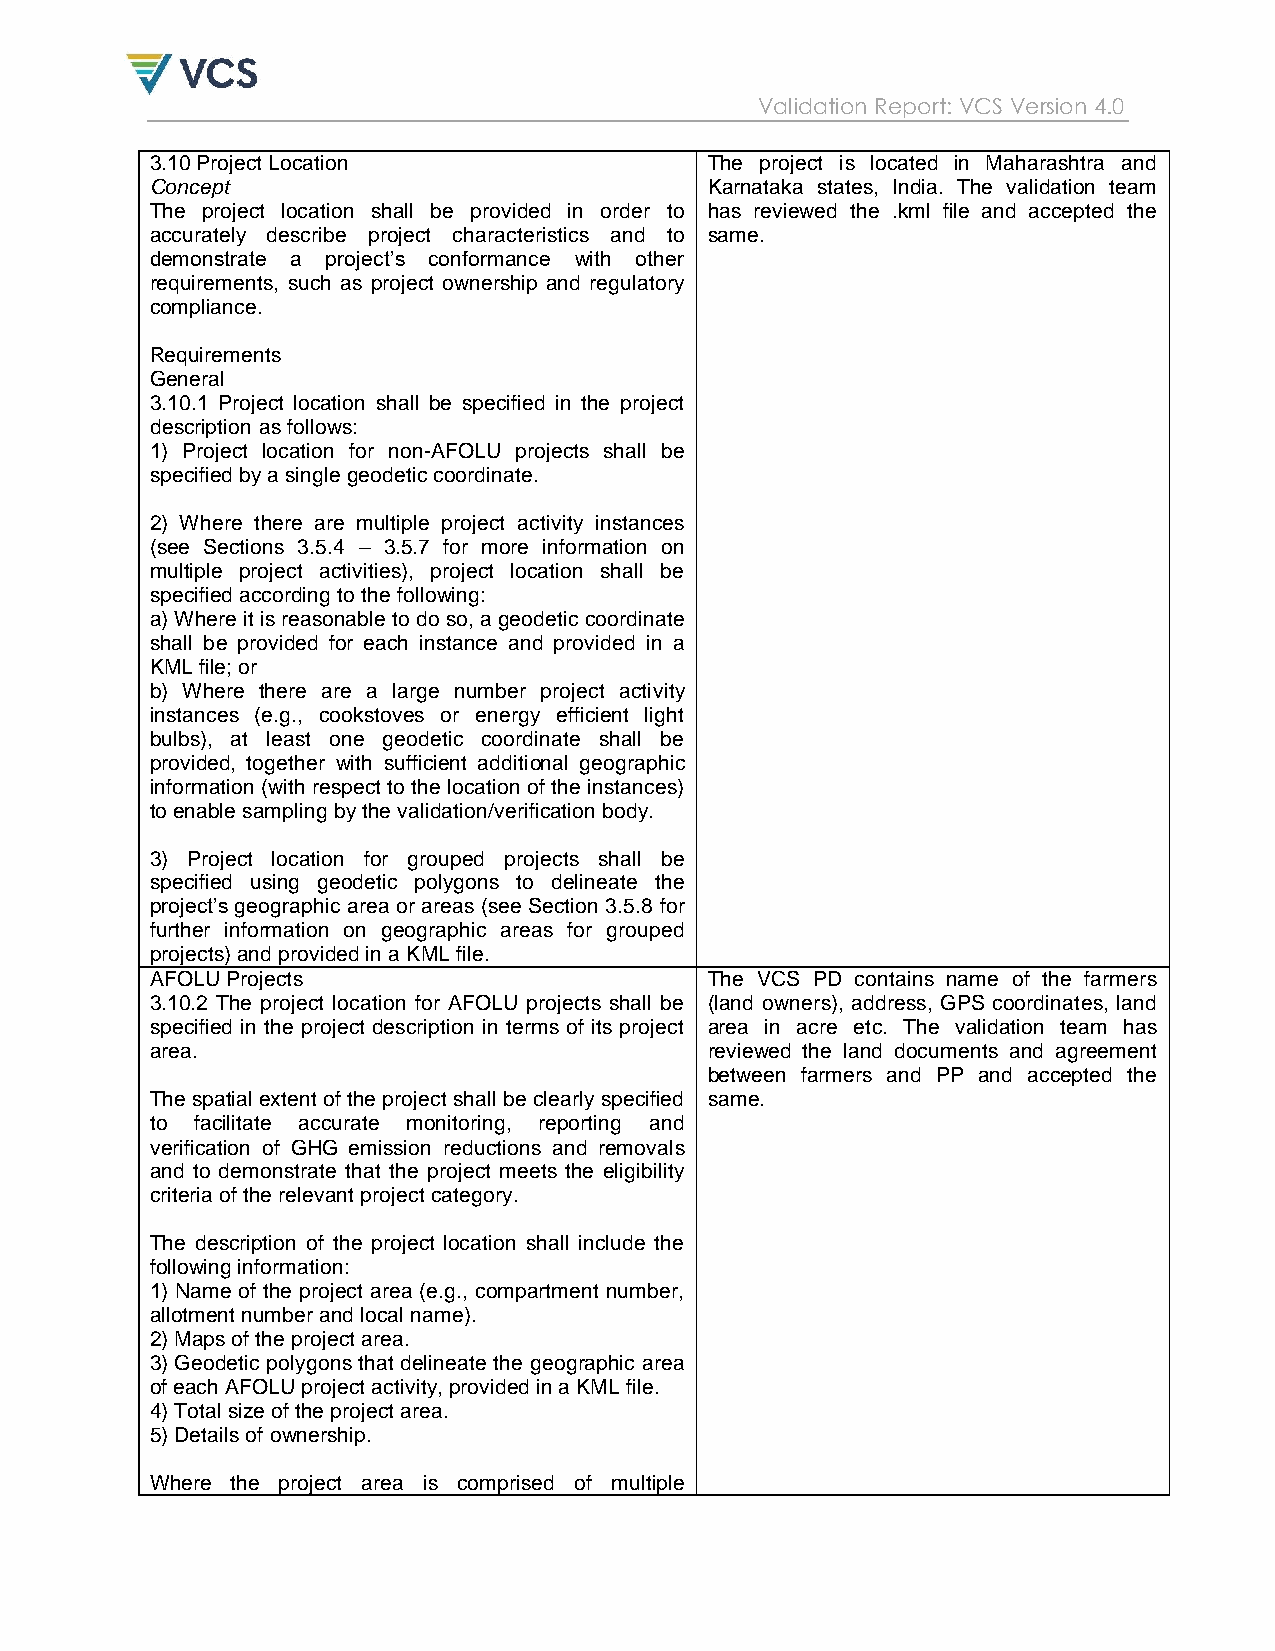
Validation Report: VCS Version 4.0
 3.10 Project Location                The project is located in Maharashtra and
 Concept                              Karnataka states, India. The validation team
 The project location shall be provided in order to has reviewed the .kml file and accepted the
 accurately describe project characteristics and to same.
 demonstrate a project‟s conformance with other
 requirements, such as project ownership and regulatory
 compliance.
 Requirements
 General
 3.10.1 Project location shall be specified in the project
 description as follows:
 1) Project location for non-AFOLU projects shall be
 specified by a single geodetic coordinate.
 2) Where there are multiple project activity instances
 (see Sections 3.5.4 – 3.5.7 for more information on
 multiple project activities), project location shall be
 specified according to the following:
 a) Where it is reasonable to do so, a geodetic coordinate
 shall be provided for each instance and provided in a
 KML file; or
 b) Where there are a large number project activity
 instances (e.g., cookstoves or energy efficient light
 bulbs), at least one geodetic coordinate shall be
 provided, together with sufficient additional geographic
 information (with respect to the location of the instances)
 to enable sampling by the validation/verification body.
 3) Project location for grouped projects shall be
 specified using geodetic polygons to delineate the
 project‟s geographic area or areas (see Section 3.5.8 for
 further information on geographic areas for grouped
 projects) and provided in a KML file.
 AFOLU Projects                       The VCS PD contains name of the farmers
 3.10.2 The project location for AFOLU projects shall be (land owners), address, GPS coordinates, land
 specified in the project description in terms of its project area in acre etc. The validation team has
 area.                                reviewed the land documents and agreement
 between farmers and PP and accepted the
 The spatial extent of the project shall be clearly specified same.
 to facilitate accurate monitoring, reporting and
 verification of GHG emission reductions and removals
 and to demonstrate that the project meets the eligibility
 criteria of the relevant project category.
 The description of the project location shall include the
 following information:
 1) Name of the project area (e.g., compartment number,
 allotment number and local name).
 2) Maps of the project area.
 3) Geodetic polygons that delineate the geographic area
 of each AFOLU project activity, provided in a KML file.
 4) Total size of the project area.
 5) Details of ownership.
 Where the project area is comprised of multiple